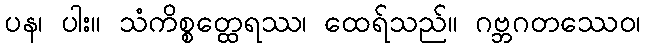
ပန၊ ပါး။ သံကိစ္စတ္ထေရဿ၊ ထေရ်သည်။ ဂဗ္ဘဂတဿေဝ၊